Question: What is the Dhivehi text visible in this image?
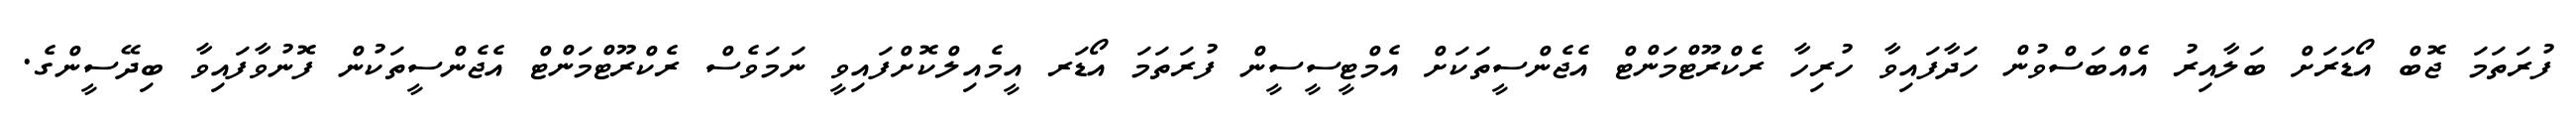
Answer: ފުރަތަމަ ޖޮބް އޯޑަރަށް ބަލާއިރު އެއްބަސްވުން ހަދާފައިވާ ހުރިހާ ރެކްރޫޓްމަންޓް އެޖެންސީތަކަށް އެމްޓީސީސީން ފުރަތަމަ އޯޑަރ އީމެއިލްކޮށްފައިވީ ނަމަވެސް ރެކްރޫޓްމަންޓް އެޖެންސީތަކުން ފޮނުވާފައިވާ ބިދޭސީންގެ.